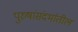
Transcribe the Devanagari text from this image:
पुरुषांसंदर्भातील